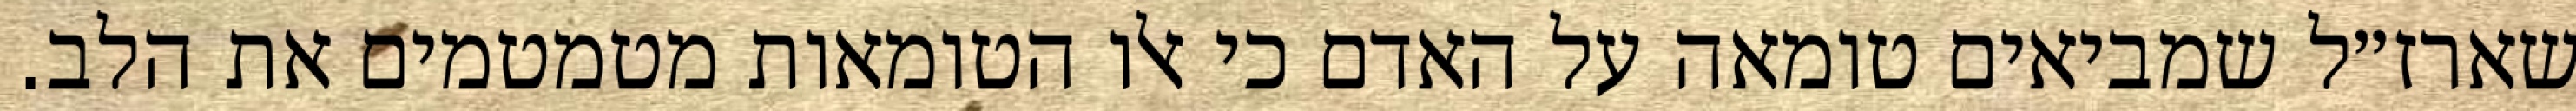
שארז״ל שמביאים טומאה על האדם כי אלו הטומאות מטמטמים את הלב.